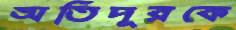
অতিদূরকে